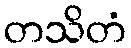
တသိတံ